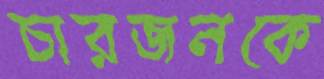
চারজনকে